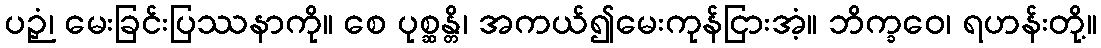
ပဉှံ၊ မေးခြင်းပြဿနာကို။ စေ ပုစ္ဆန္တိ၊ အကယ်၍မေးကုန်ငြားအံ့။ ဘိက္ခဝေ၊ ရဟန်းတို့။